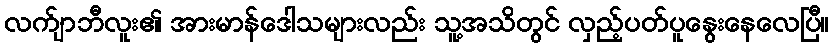
လက်ျာဘီလူး၏ အားမာန်ဒေါသများလည်း သူ့အသိတွင် လှည့်ပတ်ပူနွေးနေလေပြီ။